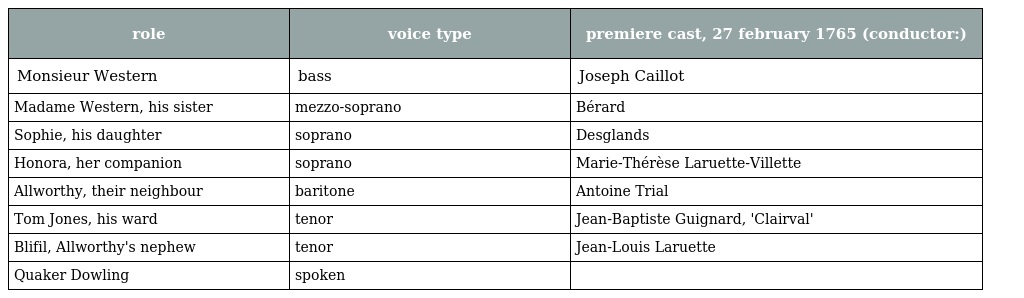
| role | voice type | premiere cast, 27 february 1765 (conductor:) |
 | --- | --- | --- |
 | Monsieur Western | bass | Joseph Caillot |
 | Madame Western, his sister | mezzo-soprano | Bérard |
 | Sophie, his daughter | soprano | Desglands |
 | Honora, her companion | soprano | Marie-Thérèse Laruette-Villette |
 | Allworthy, their neighbour | baritone | Antoine Trial |
 | Tom Jones, his ward | tenor | Jean-Baptiste Guignard, 'Clairval' |
 | Blifil, Allworthy's nephew | tenor | Jean-Louis Laruette |
 | Quaker Dowling | spoken |  |